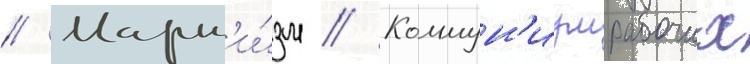
// Маркс'и́зм // Коммун'измрабочих